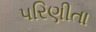
પરિણીતા